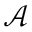
\mathcal { A }